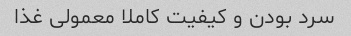
سرد بودن و کیفیت کاملا معمولی غذا